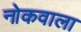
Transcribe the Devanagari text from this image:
नोकवाला